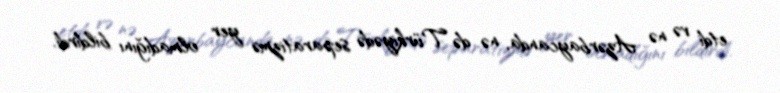
etdi və nə Azərbaycanda, nə də Türkiyədə separatizmə yer olmadığını bildirdi.